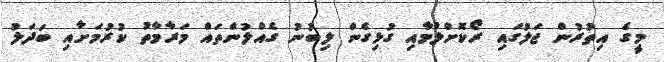
މީގެ އިތުރުން ޖަލުގައި ރޯކޮށްލުމާއި ގުޅިގެން ލިބުނު ގެއްލުންތައް މަރާމާތު ކުރުމަށާއި ބަދަލު